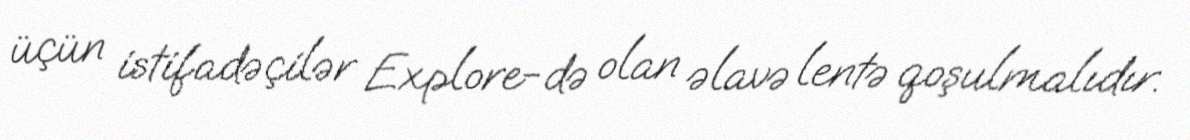
üçün istifadəçilər Explore-də olan əlavə lentə qoşulmalıdır.